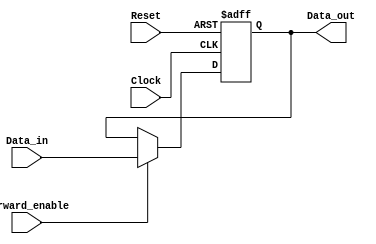
module ForwardingRegister (
    input wire [31:0] Data_in,      // Input data (32-bit wide)
    input wire Forward_enable,       // Control signal to enable forwarding
    input wire Clock,                // Clock signal
    input wire Reset,                // Asynchronous reset signal
    output reg [31:0] Data_out       // Output data (32-bit wide)
);

// Asynchronous reset and synchronous update on clock edge
always @(posedge Clock or posedge Reset) begin
    if (Reset) begin
        Data_out <= 32'b0;          // Clear the register on reset
    end else if (Forward_enable) begin
        Data_out <= Data_in;        // Forward new data if enabled
    end
    // If Forward_enable is low, Data_out retains its previous value
end

endmodule